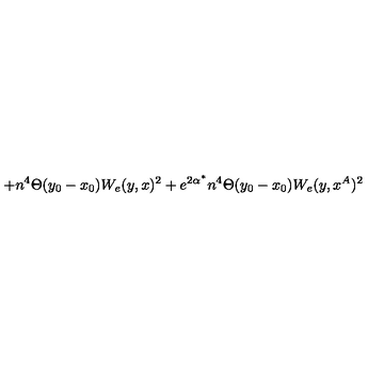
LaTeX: + n ^ { 4 } \Theta ( y _ { 0 } - x _ { 0 } ) W _ { e } ( y , x ) ^ { 2 } + e ^ { 2 \alpha ^ { * } } n ^ { 4 } \Theta ( y _ { 0 } - x _ { 0 } ) W _ { e } ( y , x ^ { A } ) ^ { 2 }